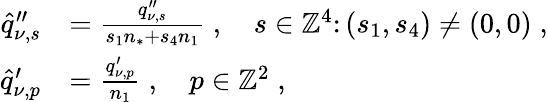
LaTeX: \begin{array}{rl}{\hat{q}_{\nu,s}^{\prime\prime}}&{=\frac{q_{\nu,s}^{\prime\prime}}{s_{1}n_{*}+s_{4}n_{1}}\; ,\quad s\in\mathbb{Z}^{4}\colon(s_{1},s_{4})\neq(0,0)\; ,}\\ {\hat{q}_{\nu,p}^{\prime}}&{=\frac{q_{\nu,p}^{\prime}}{n_{1}}\; ,\quad p\in\mathbb{Z}^{2}\; ,}\end{array}